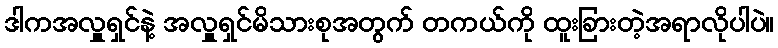
ဒါကအလှူရှင်နဲ့ အလှူရှင်မိသားစုအတွက် တကယ်ကို ထူးခြားတဲ့အရာလိုပါပဲ။